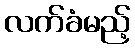
လက်ခံမည့်